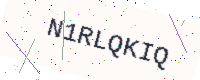
Text: N1RLQKIQ